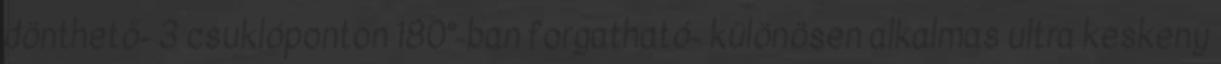
dönthető- 3 csuklóponton 180°-ban forgatható- különösen alkalmas ultra keskeny